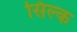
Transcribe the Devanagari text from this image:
सिल्‍क